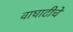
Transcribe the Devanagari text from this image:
वाघाटीचे